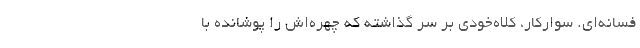
فسانه‌ای. سوارکار، کلاه‌خودی بر سر گذاشته که چهره‌اش را پوشانده با